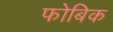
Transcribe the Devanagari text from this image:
फोबिक